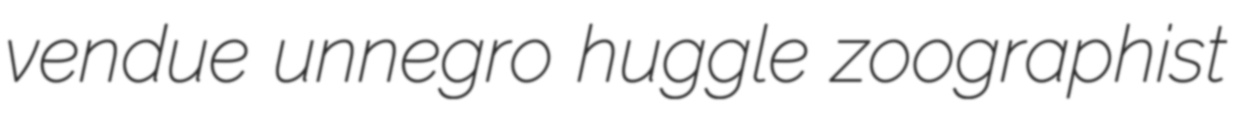
vendue unnegro huggle zoographist